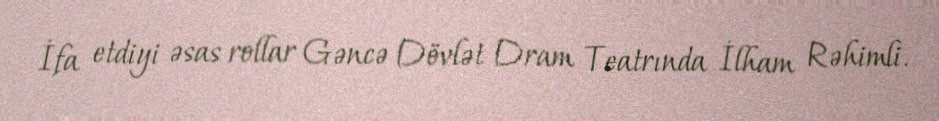
İfa etdiyi əsas rollar Gəncə Dövlət Dram Teatrında İlham Rəhimli.